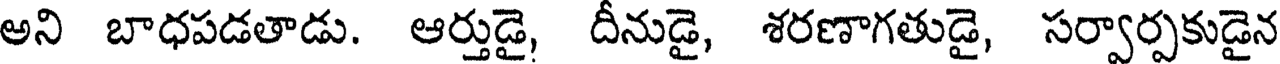
అని బాధపడతాడు. ఆర్తుడై, దీనుడై, శరణాగతుడై, సర్వార్పకుడైన